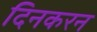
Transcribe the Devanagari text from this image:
दिनकरन